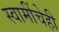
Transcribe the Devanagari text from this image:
स्वामींचेही